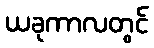
ယခုကာလတွင်